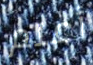
أعلم